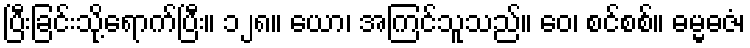
ပြီးခြင်းသို့ရောက်ပြီး။ ၁၂၈။ ယော၊ အကြင်သူသည်။ ဝေ၊ စင်စစ်။ ဓမ္မဓဇံ၊